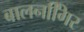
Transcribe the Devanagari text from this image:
बालनगििर